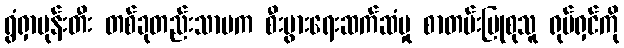
ရွံရှာမုန်းတီး တစ်ခုတည်းသာမက စီးပွားရေးဆက်ဆံမှု စာတမ်းပြုစုသူ ရုပ်ရှင်ကို